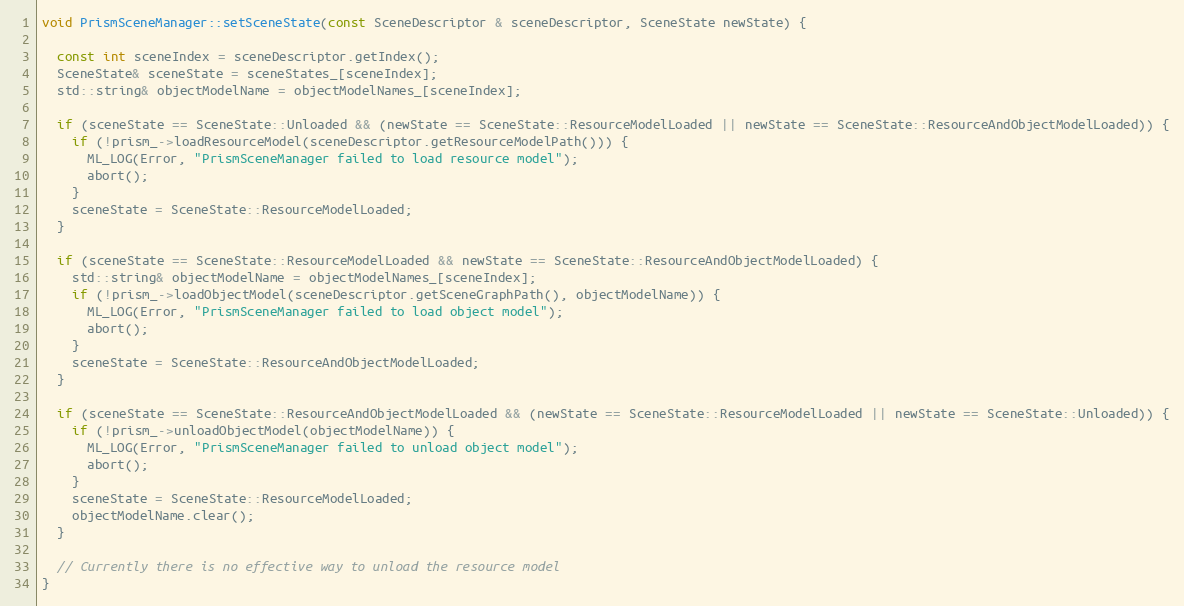
Language: C++
void PrismSceneManager::setSceneState(const SceneDescriptor & sceneDescriptor, SceneState newState) {

  const int sceneIndex = sceneDescriptor.getIndex();
  SceneState& sceneState = sceneStates_[sceneIndex];
  std::string& objectModelName = objectModelNames_[sceneIndex];

  if (sceneState == SceneState::Unloaded && (newState == SceneState::ResourceModelLoaded || newState == SceneState::ResourceAndObjectModelLoaded)) {
    if (!prism_->loadResourceModel(sceneDescriptor.getResourceModelPath())) {
      ML_LOG(Error, "PrismSceneManager failed to load resource model");
      abort();
    }
    sceneState = SceneState::ResourceModelLoaded;
  }

  if (sceneState == SceneState::ResourceModelLoaded && newState == SceneState::ResourceAndObjectModelLoaded) {
    std::string& objectModelName = objectModelNames_[sceneIndex];
    if (!prism_->loadObjectModel(sceneDescriptor.getSceneGraphPath(), objectModelName)) {
      ML_LOG(Error, "PrismSceneManager failed to load object model");
      abort();
    }
    sceneState = SceneState::ResourceAndObjectModelLoaded;
  }

  if (sceneState == SceneState::ResourceAndObjectModelLoaded && (newState == SceneState::ResourceModelLoaded || newState == SceneState::Unloaded)) {
    if (!prism_->unloadObjectModel(objectModelName)) {
      ML_LOG(Error, "PrismSceneManager failed to unload object model");
      abort();
    }
    sceneState = SceneState::ResourceModelLoaded;
    objectModelName.clear();
  }

  // Currently there is no effective way to unload the resource model
}